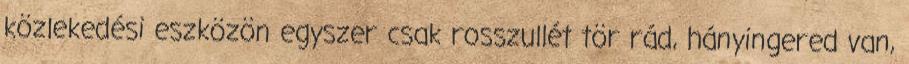
közlekedési eszközön egyszer csak rosszullét tör rád, hányingered van,